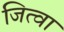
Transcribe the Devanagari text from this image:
जित्वा